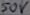
Text: 50V